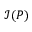
\mathcal { I } ( P )